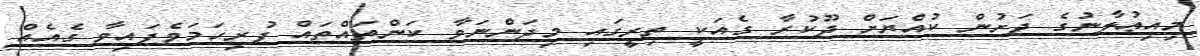
މިއިޢުލާނުގެ ދަށުން ކުއްޔަށް ދޫކުރާ ގެއަކީ ތިރީގައި މިދަންނަވާ ކަންތައްތައް ފުރިހަމަވެފައިވާ ގެއެއް